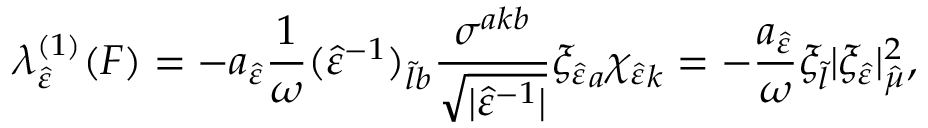
\lambda _ { \hat { \varepsilon } } ^ { ( 1 ) } ( F ) = - a _ { \hat { \varepsilon } } \frac { 1 } { \omega } ( \hat { \varepsilon } ^ { - 1 } ) _ { \tilde { l } b } \frac { \sigma ^ { a k b } } { \sqrt { \lvert \hat { \varepsilon } ^ { - 1 } \rvert } } { \xi _ { \hat { \varepsilon } } } _ { a } { \chi _ { \hat { \varepsilon } } } _ { k } = - \frac { a _ { \hat { \varepsilon } } } { \omega } { \xi } _ { \tilde { l } } \lvert \xi _ { \hat { \varepsilon } } \rvert _ { \hat { \mu } } ^ { 2 } ,